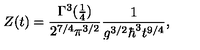
Z ( t ) = { \frac { \Gamma ^ { 3 } ( { \frac { 1 } { 4 } } ) } { 2 ^ { 7 / 4 } \pi ^ { 3 / 2 } } } { \frac { 1 } { g ^ { 3 / 2 } \hbar ^ { 3 } t ^ { 9 / 4 } } } ,